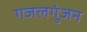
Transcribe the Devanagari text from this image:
गजलगुंजन